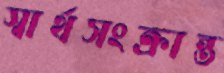
স্বার্থসংক্রান্ত